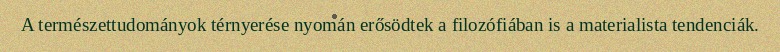
A természettudományok térnyerése nyomán erősödtek a filozófiában is a materialista tendenciák.